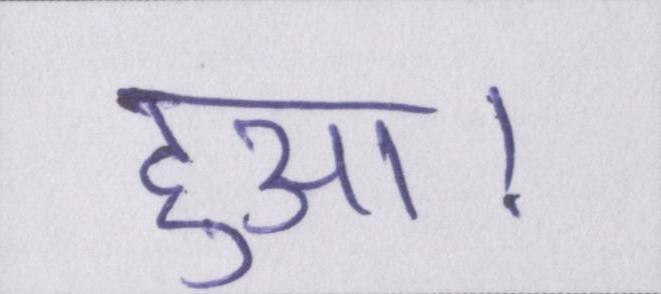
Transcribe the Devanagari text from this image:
हुआ।